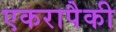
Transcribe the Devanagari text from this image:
एकरापैकी